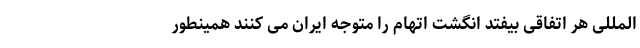
المللی هر اتفاقی بیفتد انگشت اتهام را متوجه ایران می کنند همینطور